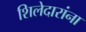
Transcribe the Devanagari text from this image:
शिलेदारांना